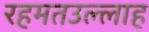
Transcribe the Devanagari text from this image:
रहमतउल्लाह